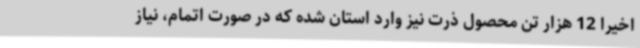
اخیراً 12 هزار تن محصول ذرت نیز وارد استان شده که در صورت اتمام، نیاز